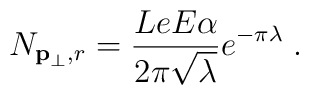
N_{{\bf p}_{\perp},r}=\frac{LeE\alpha}{2\pi\sqrt{\lambda}}e^{-\pi\lambda}\;.